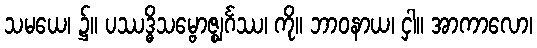
သမယေ၊ ၌။ ပဿဒ္ဓိသမ္ဗောဇ္ဈင်္ဂဿ၊ ကို။ ဘာဝနာယ၊ ငှါ။ အာကာလော၊